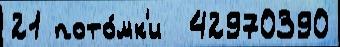
21 пото́мк'и  42970390